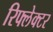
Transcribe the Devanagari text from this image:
रिफ्लेक्‍टर